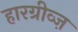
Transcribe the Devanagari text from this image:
हारग्रीव्ज़